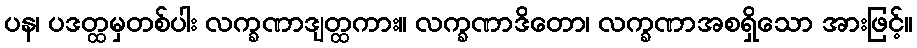
ပန၊ ပဒတ္ထမှတစ်ပါး လက္ခဏာဒျတ္ထကား။ လက္ခဏာဒိတော၊ လက္ခဏာအစရှိသော အားဖြင့်။